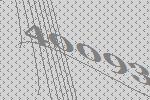
40093